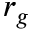
r _ { g }